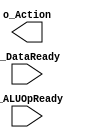
`timescale 1ns / 1ps
//////////////////////////////////////////////////////////////////////////////////
// Company: 
// Engineer: 
// 
// Design Name: 
// Module Name:    ActionSignal 
// Project Name: 
// Target Devices: 
// Tool versions: 
// Description: 
//
// Dependencies: 
//
// Revision: 
// Revision 0.01 - File Created
// Additional Comments: 
//
//////////////////////////////////////////////////////////////////////////////////
module ActionSignal(
    input i_ALUOpReady,
    input i_DataReady,
    output o_Action
    );


endmodule